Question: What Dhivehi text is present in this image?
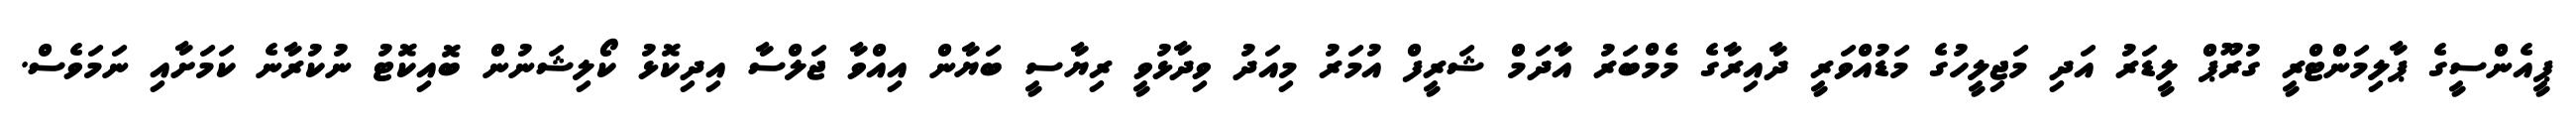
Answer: ޕީއެންސީގެ ޕާލިމަންޓްރީ ގުރޫޕް ލީޑަރު އަދި މަޖިލީހުގެ މަޑުއްވަރީ ދާއިރާގެ މެމްބަރު އާދަމް ޝަރީފް އުމަރު މިއަދު ވިދާޅުވީ ރިޔާސީ ބަޔާން އިއްވާ ޖަލްސާ އިދިކޮޅު ކޯލިޝަނުން ބޮއިކޮޓު ނުކުރާނެ ކަމަށާއި ނަމަވެސް.